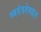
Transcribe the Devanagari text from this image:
स्वतंत्रतेबद्दल